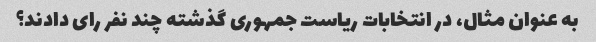
به عنوان مثال، در انتخابات ریاست جمهوری گذشته چند نفر رای دادند؟